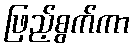
ဖြည့်စွက်ကာ